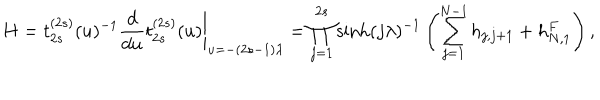
LaTeX: \left. H = t _ { 2 s } ^ { ( 2 s ) } ( u ) ^ { - 1 } \frac { d } { d u } t _ { 2 s } ^ { ( 2 s ) } ( u ) \right| _ { u = - ( 2 s - 1 ) \lambda } = \prod _ { j = 1 } ^ { 2 s } \sinh ( j \lambda ) ^ { - 1 } \left( \sum _ { j = 1 } ^ { N - 1 } h _ { j , j + 1 } + h _ { N , 1 } ^ { F } \right) ,